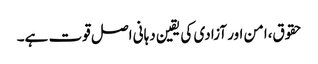
حقوق،امن اور آزادی کی یقین دہانی اصل قوت ہے۔